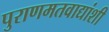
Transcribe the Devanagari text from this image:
पुराणमतवाद्यांशी